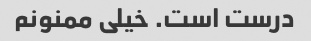
درست است. خیلی ممنونم